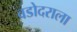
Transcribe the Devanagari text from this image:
वडोदराला